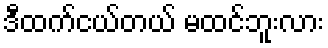
ဒီထက်ငယ်တယ် မထင်ဘူးလား